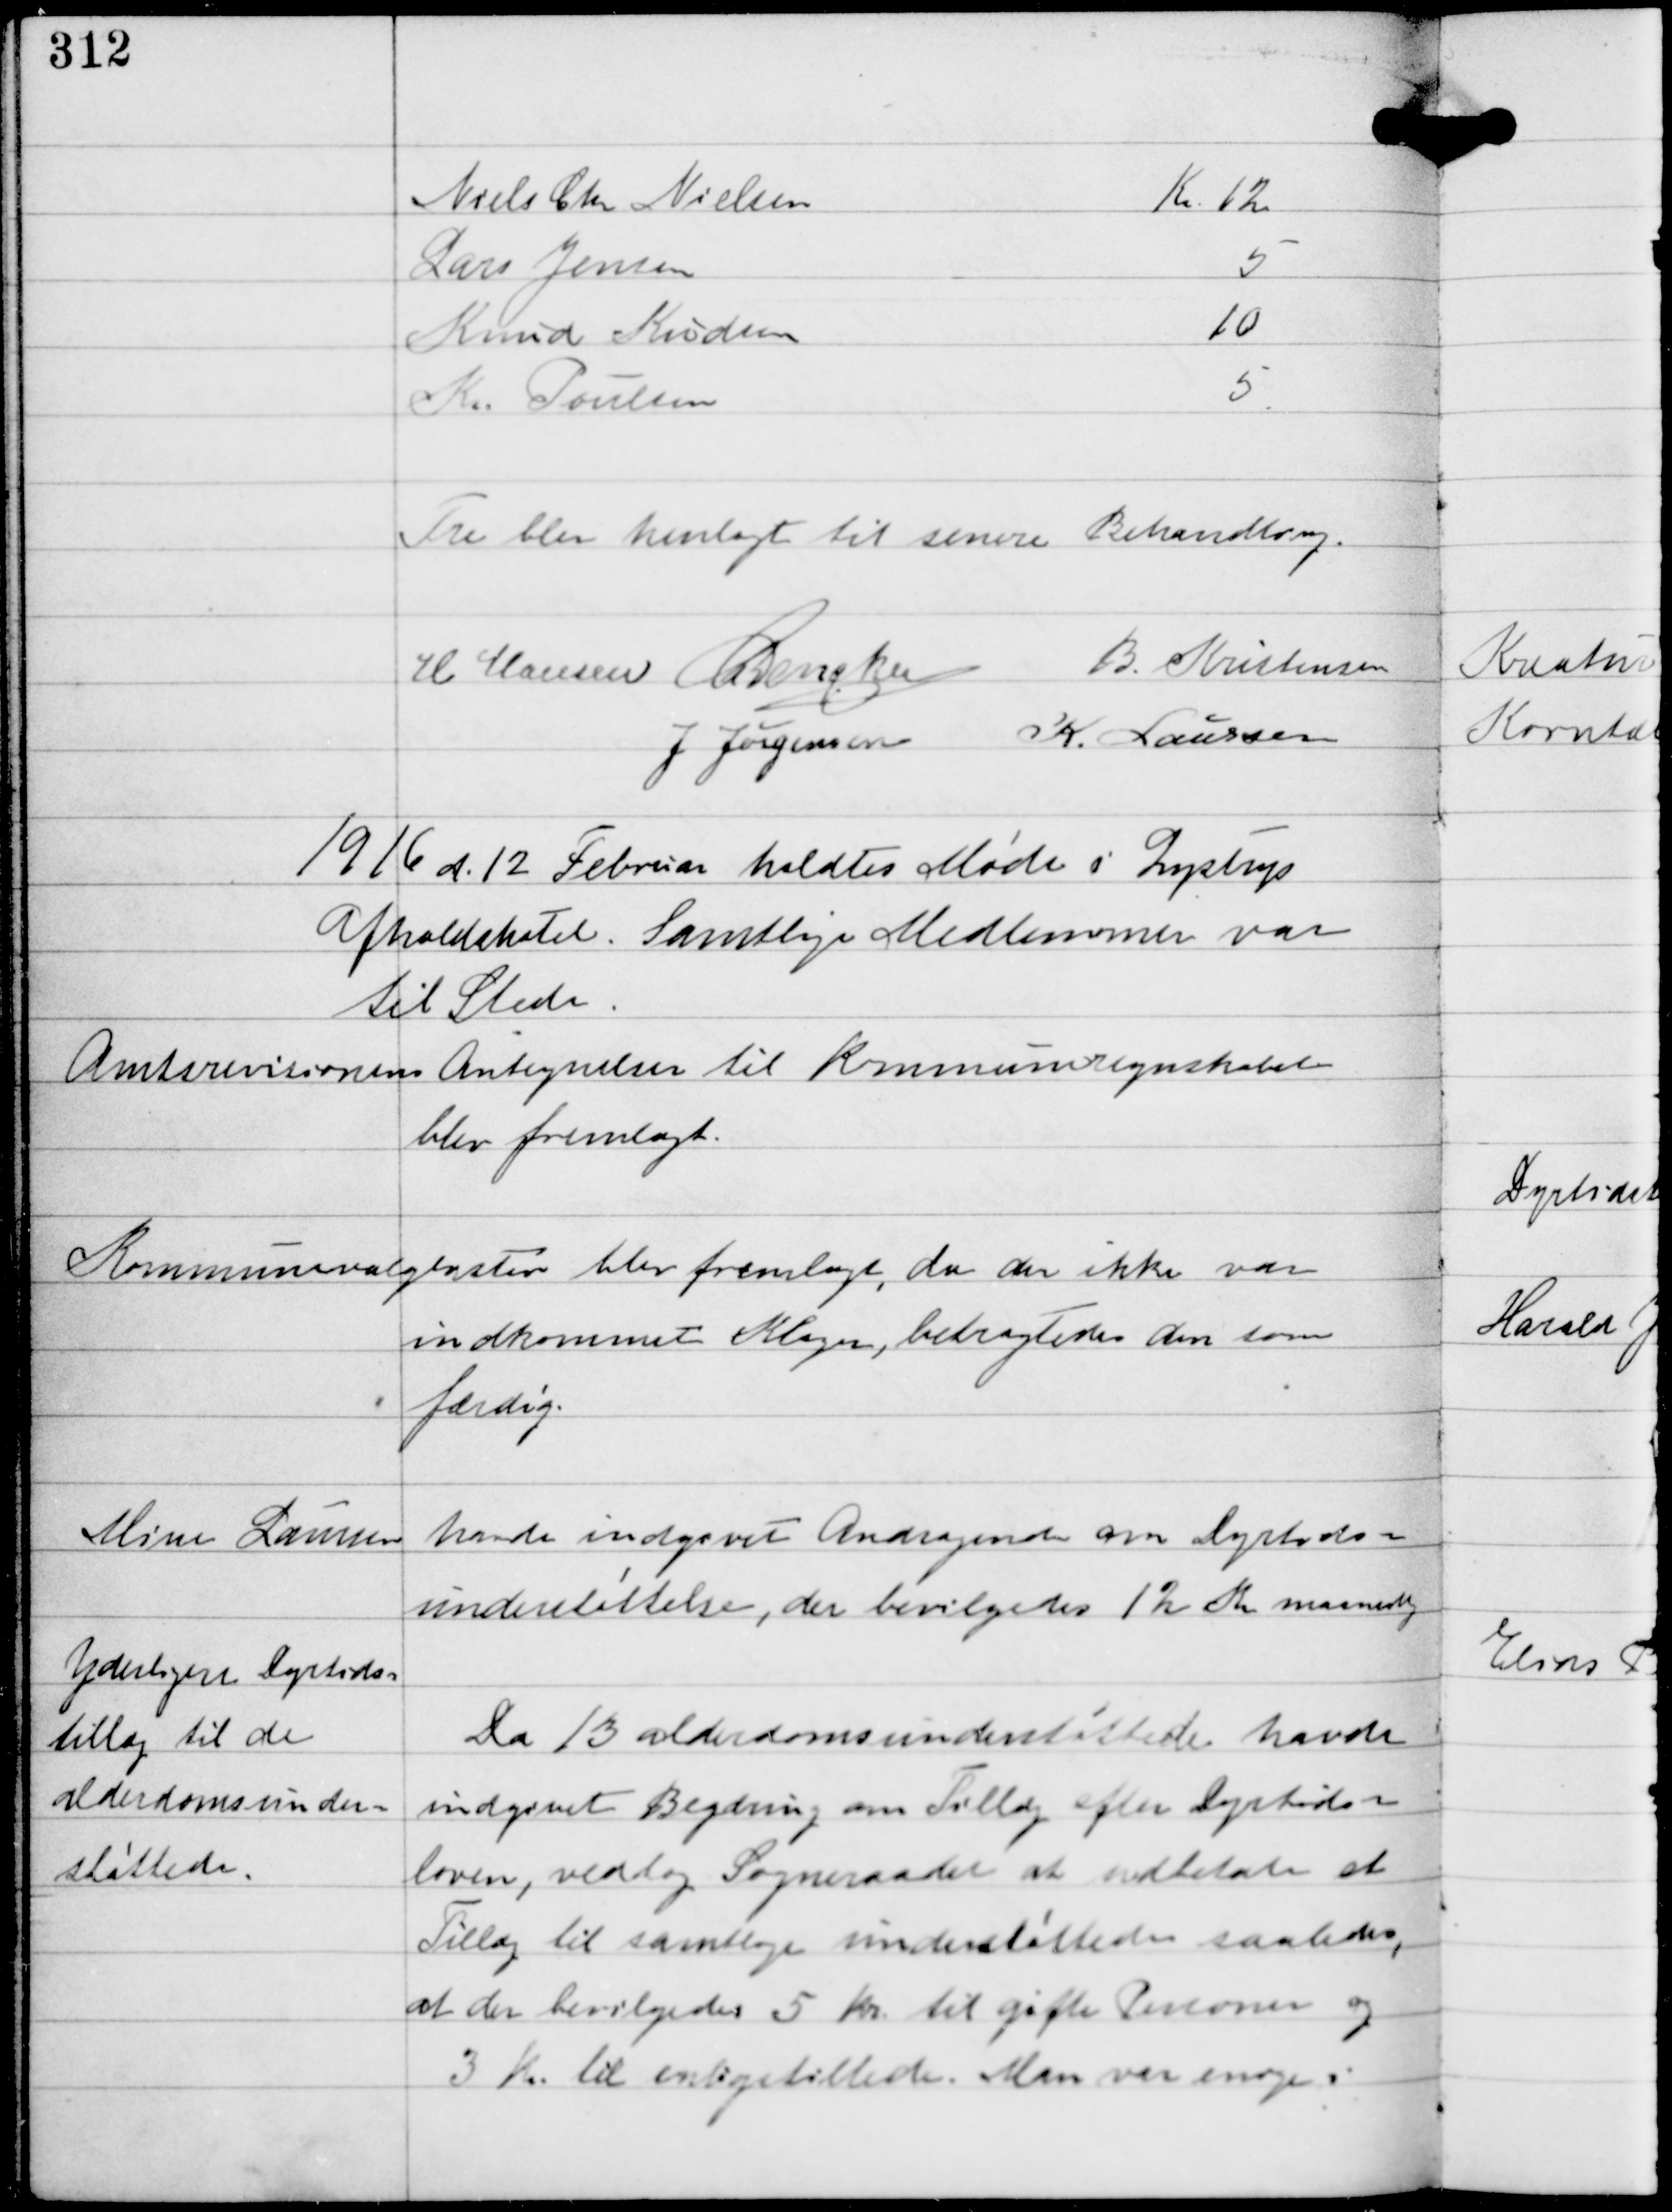
Transskription:
Tre blev henlagt til senere Behandling.

H Hansen C Dencker B. Kristensen
J Jørgensen K. Laursen

1916 d. 12 Februar holdtes Møde i Lystrups
Afholdshotel. Samtlige Medlemmer var
til Stede.

Amtsrevisionens Antegnelser til Kommuneregnskabet
blev fremlagt.

Kommunevalglisten blev fremlagt, da der ikke var
indkommet Klager, betragtedes den som
færdig.

Mine Laursen
havde indgivet Andragende om Dyrtids-
understøttelse, der bevilgedes 12 Kr maanedlig

Yderligere Dyrtids-
tillæg til de
alderdomsunder-
støttede.

Da 13 alderdomsunderstøttede havde
indgivet Begæring om Tillæg efter Dyrtids-
loven, vedtog Sogneraadet at udbetale et
Tillæg til samtlige understøttede saaledes,
at der bevilgedes 5 Kr til gifte Personer og
3 Kr til enligstøttede. Man var enige i